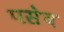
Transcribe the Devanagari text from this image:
पसेव